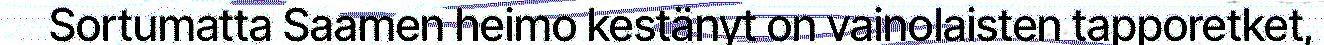
Sortumatta Saamen heimo kestänyt on vainolaisten tapporetket,